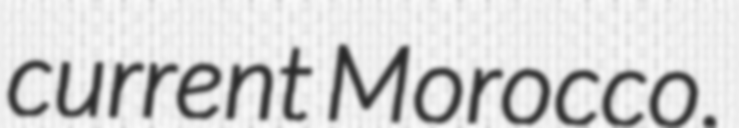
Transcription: current Morocco.